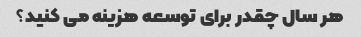
هر سال چقدر برای توسعه هزینه می کنید؟